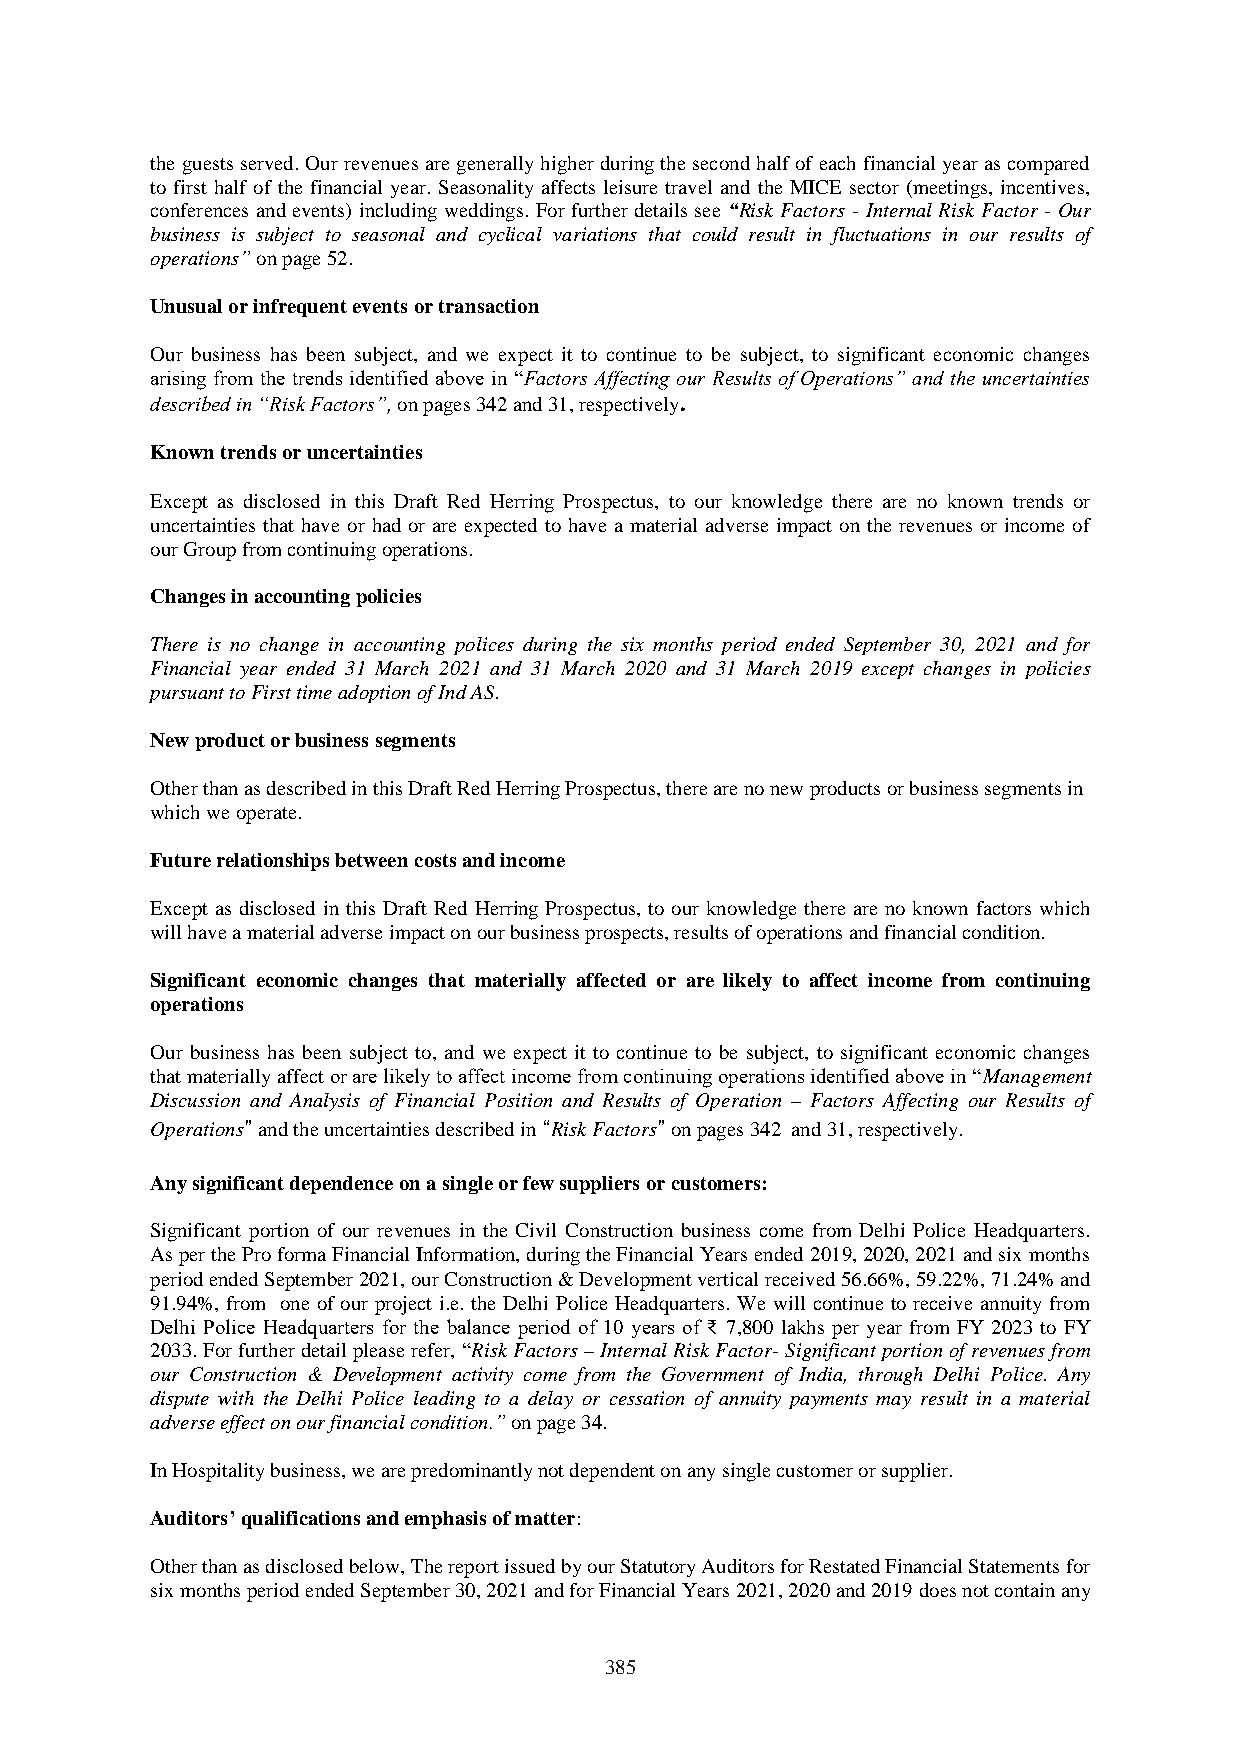
the guests served. Our revenues are generally higher during the second half of each financial year as compared
 to first half of the financial year. Seasonality affects leisure travel and the MICE sector (meetings, incentives,
 conferences and events) including weddings. For further details see “Risk Factors - Internal Risk Factor - Our
 business is subject to seasonal and cyclical variations that could result in fluctuations in our results of
 operations” on page 52.
 Unusual or infrequent events or transaction
 Our business has been subject, and we expect it to continue to be subject, to significant economic changes
 arising from the trends identified above in “Factors Affecting our Results of Operations” and the uncertainties
 described in “Risk Factors”, on pages 342 and 31, respectively.
 Known trends or uncertainties
 Except as disclosed in this Draft Red Herring Prospectus, to our knowledge there are no known trends or
 uncertainties that have or had or are expected to have a material adverse impact on the revenues or income of
 our Group from continuing operations.
 Changes in accounting policies
 There is no change in accounting polices during the six months period ended September 30, 2021 and for
 Financial year ended 31 March 2021 and 31 March 2020 and 31 March 2019 except changes in policies
 pursuant to First time adoption of Ind AS.
 New product or business segments
 Other than as described in this Draft Red Herring Prospectus, there are no new products or business segments in
 which we operate.
 Future relationships between costs and income
 Except as disclosed in this Draft Red Herring Prospectus, to our knowledge there are no known factors which
 will have a material adverse impact on our business prospects, results of operations and financial condition.
 Significant economic changes that materially affected or are likely to affect income from continuing
 operations
 Our business has been subject to, and we expect it to continue to be subject, to significant economic changes
 that materially affect or are likely to affect income from continuing operations identified above in “Management
 Discussion and Analysis of Financial Position and Results of Operation – Factors Affecting our Results of
 Operations” and the uncertainties described in “Risk Factors” on pages 342 and 31, respectively.
 Any significant dependence on a single or few suppliers or customers:
 Significant portion of our revenues in the Civil Construction business come from Delhi Police Headquarters.
 As per the Pro forma Financial Information, during the Financial Years ended 2019, 2020, 2021 and six months
 period ended September 2021, our Construction & Development vertical received 56.66%, 59.22%, 71.24% and
 91.94%, from one of our project i.e. the Delhi Police Headquarters. We will continue to receive annuity from
 Delhi Police Headquarters for the balance period of 10 years of ₹ 7,800 lakhs per year from FY 2023 to FY
 2033. For further detail please refer, “Risk Factors – Internal Risk Factor- Significant portion of revenues from
 our Construction & Development activity come from the Government of India, through Delhi Police. Any
 dispute with the Delhi Police leading to a delay or cessation of annuity payments may result in a material
 adverse effect on our financial condition.” on page 34.
 In Hospitality business, we are predominantly not dependent on any single customer or supplier.
 Auditors’ qualifications and emphasis of matter:
 Other than as disclosed below, The report issued by our Statutory Auditors for Restated Financial Statements for
 six months period ended September 30, 2021 and for Financial Years 2021, 2020 and 2019 does not contain any
 385